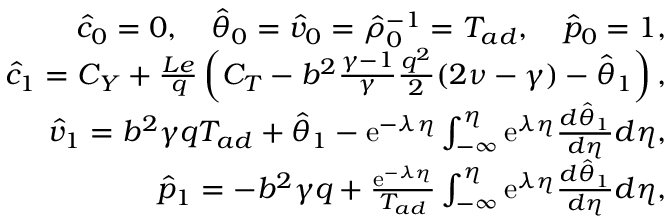
\begin{array} { r } { \hat { c } _ { 0 } = 0 , \quad \hat { \theta } _ { 0 } = \hat { v } _ { 0 } = \hat { \rho } _ { 0 } ^ { - 1 } = T _ { a d } , \quad \hat { p } _ { 0 } = 1 , } \\ { \hat { c } _ { 1 } = C _ { Y } + \frac { L e } { q } \left( C _ { T } - b ^ { 2 } \frac { \gamma - 1 } { \gamma } \frac { q ^ { 2 } } { 2 } ( 2 \nu - \gamma ) - \hat { \theta } _ { 1 } \right) , } \\ { \hat { v } _ { 1 } = b ^ { 2 } \gamma q T _ { a d } + \hat { \theta } _ { 1 } - \mathrm { e } ^ { - \lambda \eta } \int _ { - \infty } ^ { \eta } \mathrm { e } ^ { \lambda \eta } \frac { d \hat { \theta } _ { 1 } } { d \eta } d \eta , } \\ { \hat { p } _ { 1 } = - b ^ { 2 } \gamma q + \frac { \mathrm { e } ^ { - \lambda \eta } } { T _ { a d } } \int _ { - \infty } ^ { \eta } \mathrm { e } ^ { \lambda \eta } \frac { d \hat { \theta } _ { 1 } } { d \eta } d \eta , } \end{array}